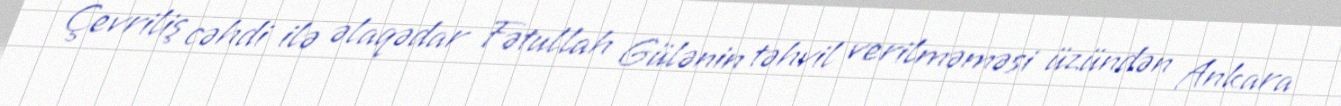
Çevriliş cəhdi ilə əlaqədar Fətullah Gülənin təhvil verilməməsi üzündən Ankara